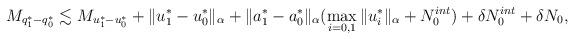
LaTeX: \begin{align*}M_{q_1^* - q_0^*} & \lesssim M_{u_1^* - u_0^*} + \|u_1^* - u_0^*\|_{\alpha} + \| a^*_1 - a^*_0\|_{\alpha} (\displaystyle\max_{i=0,1} \|u_i^*\|_{\alpha} + N_0^{int}) + \delta N_0^{int} + \delta N_0,\end{align*}